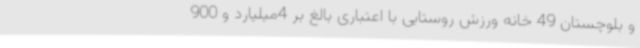
و بلوچستان 49 خانه ورزش روستایی با اعتباری بالغ بر 4میلیارد و 900